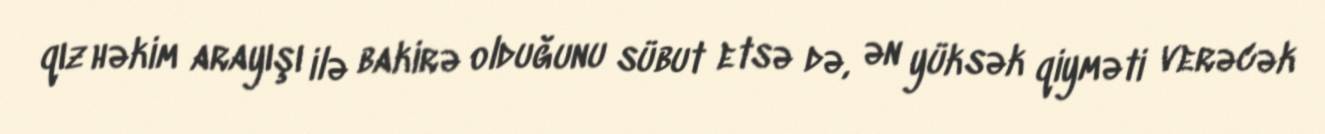
qız həkim arayışı ilə bakirə olduğunu sübut etsə də, ən yüksək qiyməti verəcək